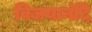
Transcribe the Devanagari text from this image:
विजयानंदि